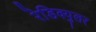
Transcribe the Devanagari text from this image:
रेडिक्युलर